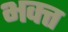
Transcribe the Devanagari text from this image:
भक्त्त